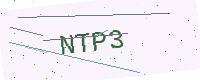
Text: NTP3